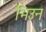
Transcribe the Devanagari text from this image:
भिउन